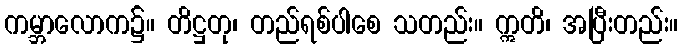
ကမ္ဘာလောက၌။ တိဋ္ဌတု၊ တည်ရစ်ပါစေ သတည်း။ ဣတိ၊ အပြီးတည်း။